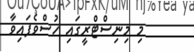
މި މިނިސްޓްރީގައި ހުސްވެފައިވާ